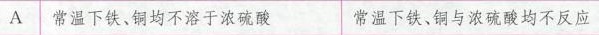
A│常温下铁、铜均不溶于浓硫酸 常温下铁、铜与浓硫酸均不反应